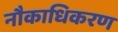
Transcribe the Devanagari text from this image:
नौकाधिकरण